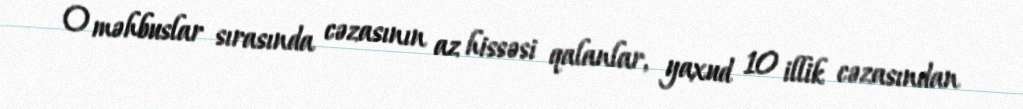
O məhbuslar sırasında cəzasının az hissəsi qalanlar, yaxud 10 illik cəzasından